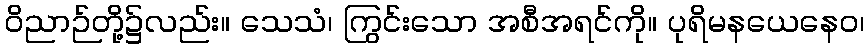
ဝိညာဉ်တို့၌လည်း။ သေသံ၊ ကြွင်းသော အစီအရင်ကို။ ပုရိမနယေနေဝ၊